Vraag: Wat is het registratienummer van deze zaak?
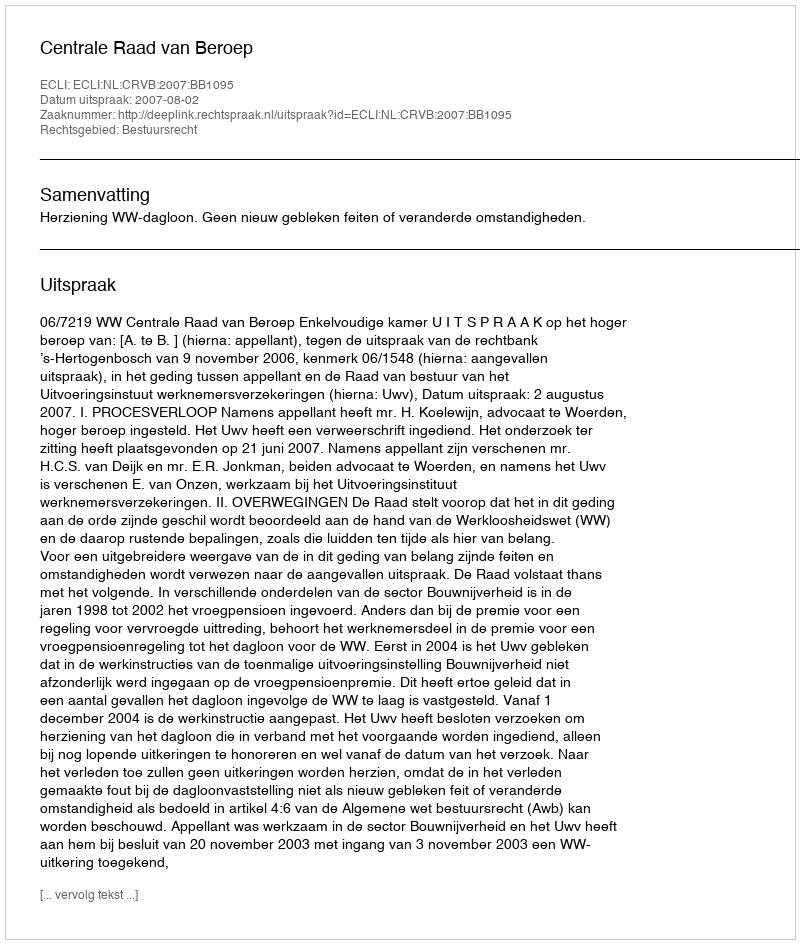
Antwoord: http://deeplink.rechtspraak.nl/uitspraak?id=ECLI:NL:CRVB:2007:BB1095